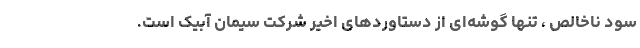
سود ناخالص ، تنها گوشه‌ای از دستاوردهای اخیر شرکت سیمان آبیک است.